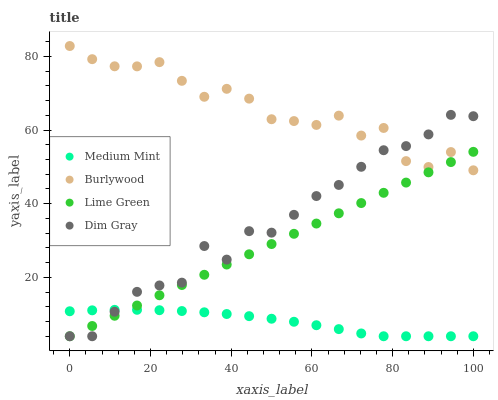
| xaxis_label | Medium Mint | Burlywood | Lime Green | Dim Gray |
 | --- | --- | --- | --- | --- |
 | 0 | 10.8 | 82.8 | 4 | 4 |
 | 5.56 | 11 | 79.2 | 6.78 | 4 |
 | 11.1 | 11.2 | 77.3 | 9.56 | 10.7 |
 | 16.7 | 11.2 | 77.3 | 12.3 | 16.1 |
 | 22.2 | 11.1 | 78.4 | 15.1 | 17.8 |
 | 27.8 | 10.8 | 73.4 | 17.9 | 18.6 |
 | 33.3 | 10.5 | 69 | 20.7 | 28.5 |
 | 38.9 | 10 | 71.2 | 23.5 | 24.8 |
 | 44.4 | 9.46 | 68.5 | 26.3 | 32.5 |
 | 50 | 8.76 | 62.9 | 29 | 32.1 |
 | 55.6 | 7.93 | 62.4 | 31.8 | 37 |
 | 61.1 | 7 | 61.4 | 34.6 | 42.1 |
 | 66.7 | 5.94 | 63.9 | 37.4 | 45.1 |
 | 72.2 | 4.76 | 58.5 | 40.2 | 50 |
 | 77.8 | 4 | 60.6 | 43 | 54.5 |
 | 83.3 | 4 | 51.6 | 45.7 | 55.6 |
 | 88.9 | 4 | 50 | 48.5 | 58.8 |
 | 94.4 | 4 | 54 | 51.3 | 64.1 |
 | 100 | 4 | 49.1 | 54.1 | 63.8 |